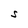
Character: S